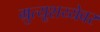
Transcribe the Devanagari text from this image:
म्रुत्यूशय्येवर